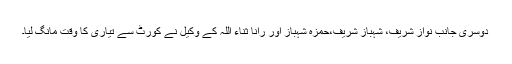
دوسری جانب نواز شریف، شہباز شریف،حمزہ شہباز اور رانا ثناء اللہ کے وکیل نے کورٹ سے تیاری کا وقت مانگ لیا۔